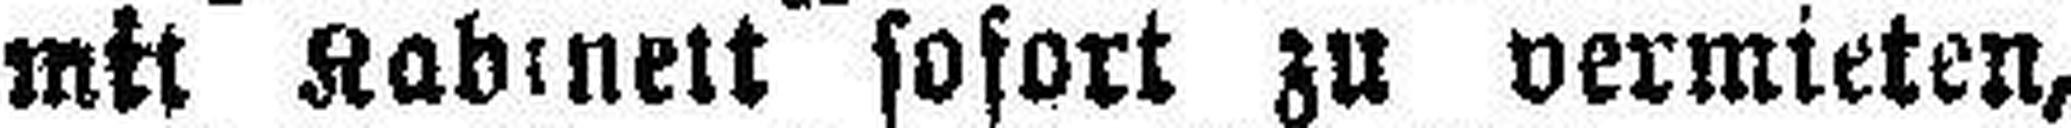
mit Kabinett sofort zu vermieten,